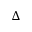
\Delta